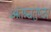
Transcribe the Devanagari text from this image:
अंतश्चतुष्ट्य